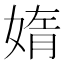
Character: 媠